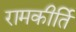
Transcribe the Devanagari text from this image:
रामकीर्ति